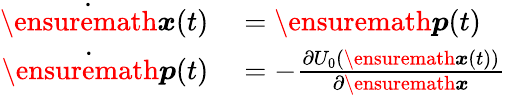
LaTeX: \begin{array}{rl}{\dot{\ensuremath{\boldsymbol{{x}}}}(t)}&{{}={\ensuremath{\boldsymbol{p}}(t)}}\\ {\dot{\ensuremath{\boldsymbol{p}}}(t)}&{{}=-\frac{\partial U_{0}(\ensuremath{\boldsymbol{{x}}}(t))}{\partial\ensuremath{\boldsymbol{{x}}}}}\end{array}